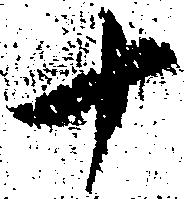
十